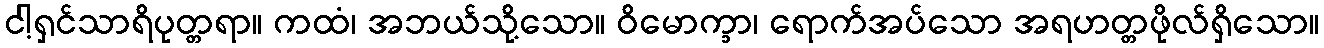
ငါ့ရှင်သာရိပုတ္တရာ။ ကထံ၊ အဘယ်သို့သော။ ဝိမောက္ခာ၊ ရောက်အပ်သော အရဟတ္တဖိုလ်ရှိသော။